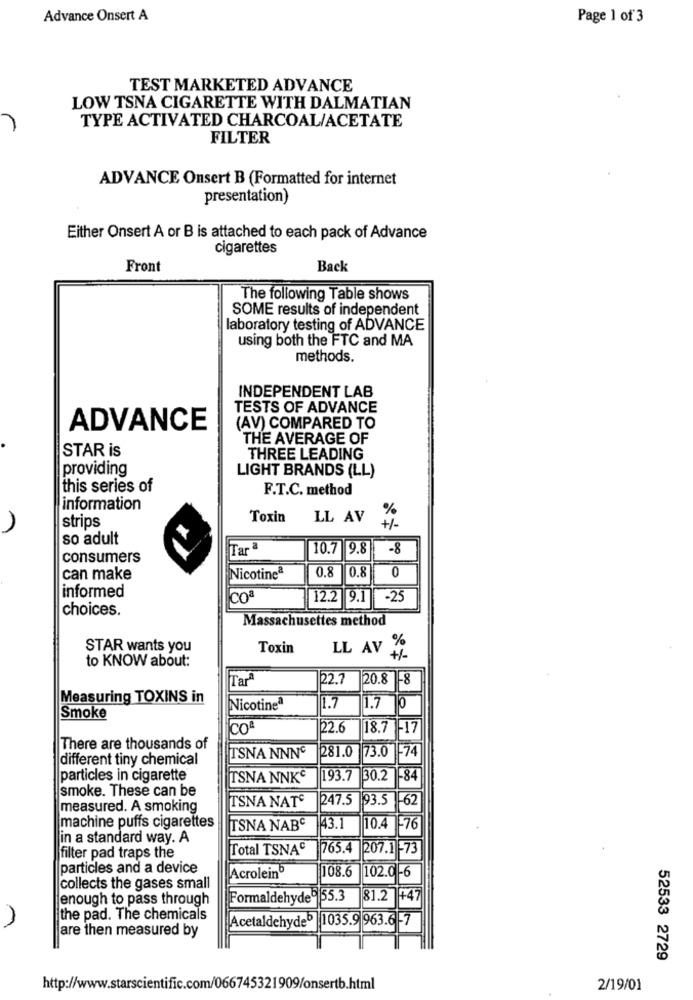
Advance Onsert A
Page 1 of 3
TEST MARKETED ADVANCE
LOW TSNA CIGARETTE WITH DALMATIAN
TYPE ACTIVATED CHARCOAL/ACETATE
FILTER
ADVANCE Onsert B (Formatted for internet
presentation)
Either Onsert A or B is attached to each pack of Advance
cigarettes
Front
Back
The following Table shows
SOME results of independent
laboratory testing of ADVANCE
using both the FTC and MA
methods.
INDEPENDENT LAB
TESTS OF ADVANCE
ADVANCE
(AV) COMPARED TO
THE AVERAGE OF
STAR is
THREE LEADING
providing
LIGHT BRANDS (LL)
this series of
F.T.C. method
information
Toxin
LL AV
strips
so adult
Tar ª
10.7 9.8
-8
consumers
0.8
0.8
can make
Nicotineª
0
informed
coª
12.2 9.1
-25
choices.
Massachusettes method
STAR wants you
Toxin
LL AV
%
to KNOW about:
TarA
22.7
20.8 -8
Measuring TOXINS in
Nicotineª
1.7
1.7
0
Smoke
co4
22.6
18.7
-17
There are thousands of
281.0 73.0 -74
different tiny chemical
TSNA NNNG
particles in cigarette
TSNA NNK€
193.7
30.2
-84
smoke. These can be
TSNA NAT
247.5
93.5 -62
measured. A smoking
machine puffs cigarettes
TSNA NABC
43.1
10.4
-76
in a standard way. A
Total TSNAC
765.4
207.1 -73
filter pad traps the
particles and a device
108.6
Acrolein
102.0 -6
collects the gases small
enough to pass through
Formaldehyde6 55.3
81.2
+47
the pad. The chemicals
Acetaldehyde 1035.9 963.6 -7
Jare then measured by
52533 2729
http://www.starscientific.com/066745321909/onsertb.html
2/19/01